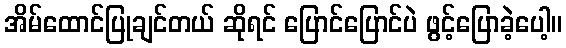
အိမ်ထောင်ပြုချင်တယ် ဆိုရင် ပြောင်ပြောင်ပဲ ဖွင့်ပြောခဲ့ပေါ့။